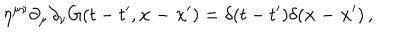
LaTeX: \eta ^ { \mu \nu } \partial _ { \mu } \partial _ { \nu } G ( t - t ^ { \prime } , { \bf x - x ^ { \prime } } ) = \delta ( t - t ^ { \prime } ) \delta ( { \bf x - x ^ { \prime } } ) \, ,